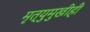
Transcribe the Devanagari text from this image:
मृत्युमुखीही